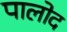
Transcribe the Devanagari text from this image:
पालोद